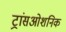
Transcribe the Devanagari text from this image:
ट्रांसओशनिक